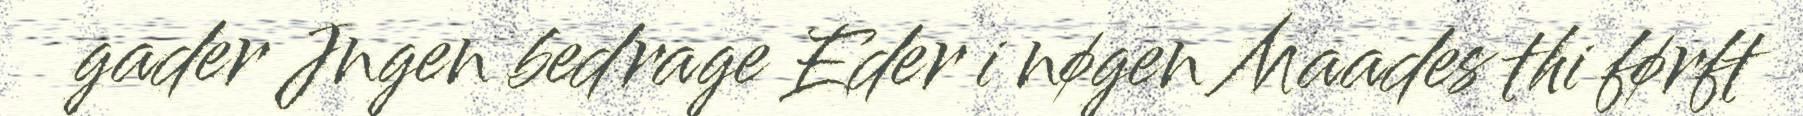
gader Jngen bedrage Eder i nøgen Maades thi førft